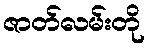
ဇာတ်လမ်းတို